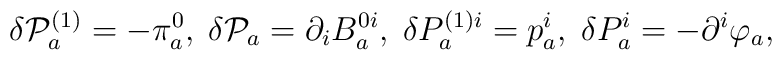
\delta \mathcal{P}_{a}^{(1)}=-\pi _{a}^{0},\;\delta \mathcal{P}_{a}=\partial_{i}B_{a}^{0i},\;\delta P_{a}^{(1)i}=p_{a}^{i},\;\delta P_{a}^{i}=-\partial^{i}\varphi _{a},